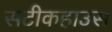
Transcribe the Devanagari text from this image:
सटीकहाउस